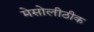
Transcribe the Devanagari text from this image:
मेसोलीठीक